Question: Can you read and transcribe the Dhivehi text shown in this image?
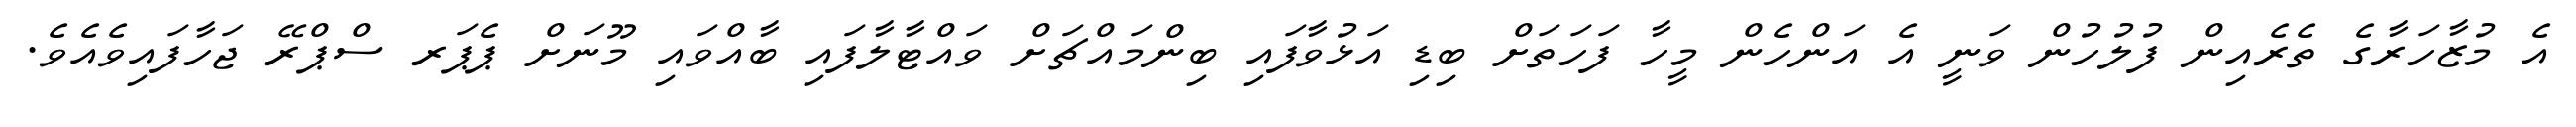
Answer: އެ މުޒާހަރާގެ ތެރެއިން ފުލުހުން ވަނީ އެ އަންހެން މީހާ ފަހަތަށް ބިޑި އަޅުވާފައި ބިންމައްޗަށް ވައްޓާލާފައި ބާއްވައި މޫނަށް ޕެޕަރ ސްޕްރޭ ޖަހާފައިވެއެވެ.